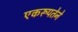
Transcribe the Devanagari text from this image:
एकरूपतेने